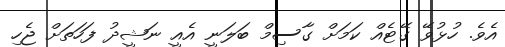
އެވެ. ހުޅުވޭ ގޭޓެއް ކަމަށް ގާސިމް ބަލަނީ އެއީ ނަޝީދު ފަހަތަށް ޖެހި